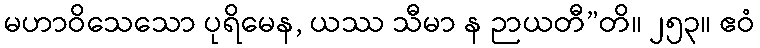
မဟာဝိသေသော ပုရိမေန, ယဿ သီမာ န ဉာယတီ”တိ။ ၂၅၃။ ဧဝံ